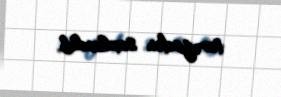
tərəfindən saxlanılıb.